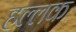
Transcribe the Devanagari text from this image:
हल्लक